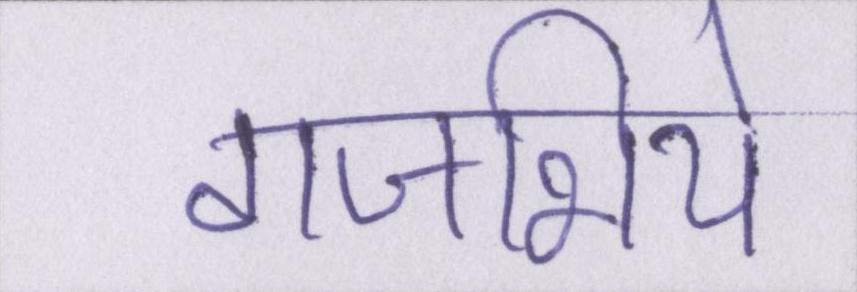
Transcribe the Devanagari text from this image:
गजभिये